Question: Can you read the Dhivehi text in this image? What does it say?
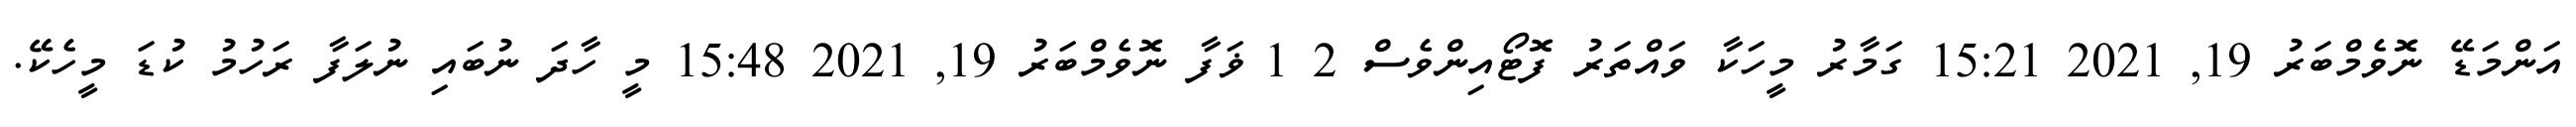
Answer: އަންމަޑޭ ނޮވެމްބަރު 19, 2021 15:21 ގަމާރު މީހަކާ ވައްތަރު ފޮޓޯއިންވެސް 2 1 ޥަފާ ނޮވެމްބަރު 19, 2021 15:48 މީ ހާދަ ނުބައި ނުލަފާ ރަހުމު ކުޑަ މީހެކޭ.